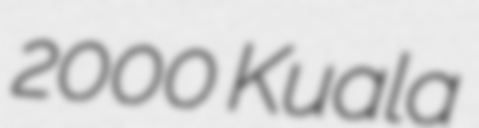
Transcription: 2000 Kuala